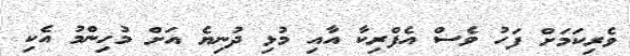
ވެރިކަމަށް ފަހު ވެސް އެފްރިކާ އާއި މުޅި ދުނިޔެ އަށް މުހިންމު އެކި